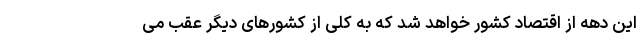
این دهه از اقتصاد کشور خواهد شد که به کلی از کشورهای دیگر عقب می‌